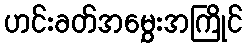
ဟင်းခတ်အမွှေးအကြိုင်